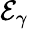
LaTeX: \mathcal{E}_{\gamma}